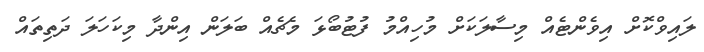
ލައިވްކޮށް އިވެންޓެއް މިސާލަކަށް މުހިއްމު ފުޓުބޯޅަ މެޗެއް ބަލަން އިންދާ މިކަހަލަ ދަތިތައް